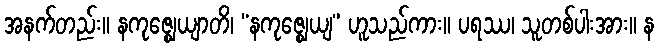
အနက်တည်း။ နကုဇ္ဈေယျာတိ၊ “နကုဇ္ဈေယျ” ဟူသည်ကား။ ပရဿ၊ သူတစ်ပါးအား။ န